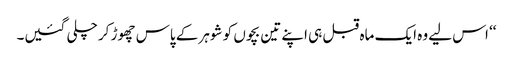
‘‘ اس لیے وہ ایک ماہ قبل ہی اپنے تین بچوں کو شوہر کے پاس چھوڑ کر چلی گئیں۔